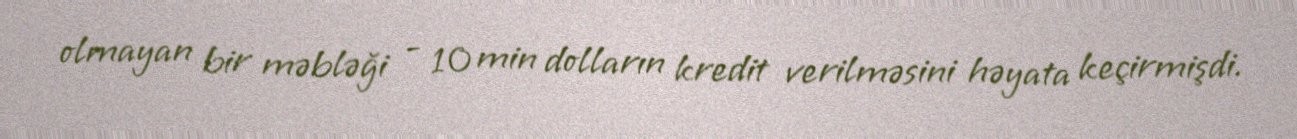
olmayan bir məbləği - 10 min dolların kredit verilməsini həyata keçirmişdi.